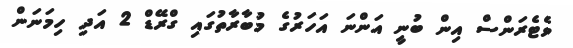
ވެޓެރަންސް އިން ބުނީ އަންނަ އަހަރުގެ މުބާރާތުގައި ގްރޭޑް 2 އަދި ހިމަނަން